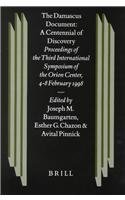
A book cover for The Damascus Document: A Centennial of Discovery : Proceedings of the Third International Symposium of the Orion Center for the Study of the Dead Sea ... (Studies of the Texts of Thedesert of Judah); Religion & Spirituality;